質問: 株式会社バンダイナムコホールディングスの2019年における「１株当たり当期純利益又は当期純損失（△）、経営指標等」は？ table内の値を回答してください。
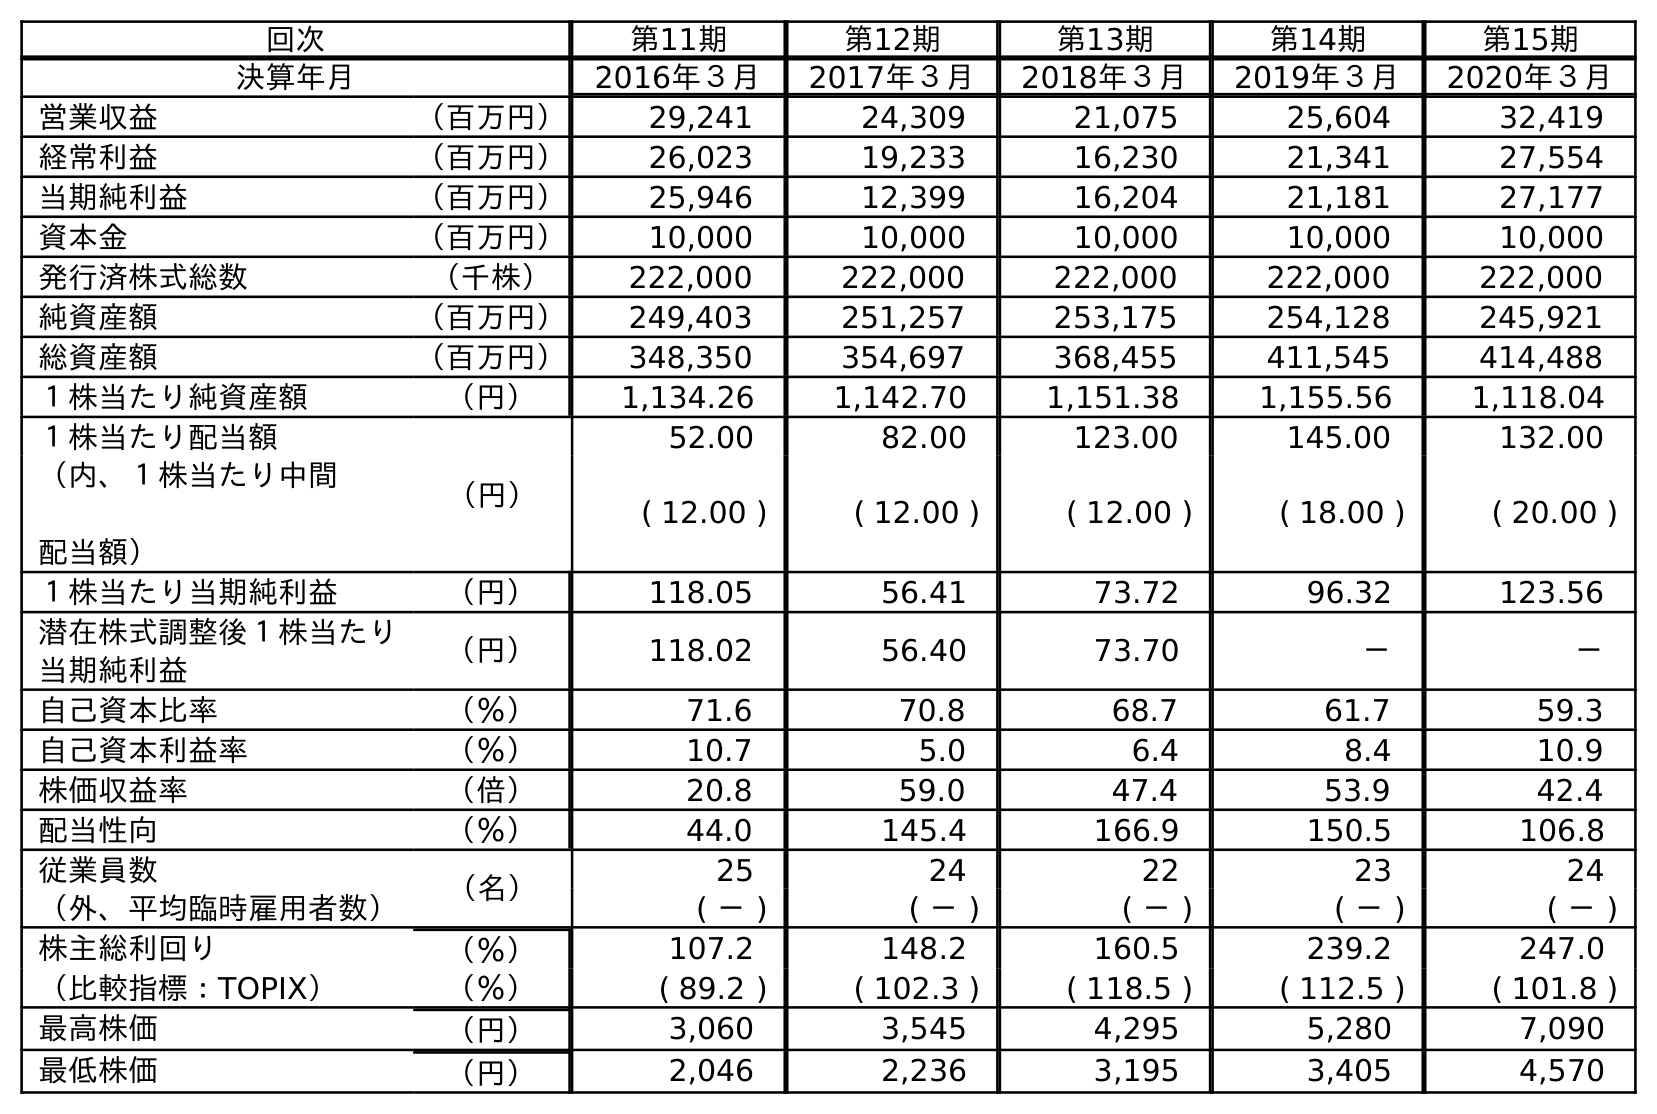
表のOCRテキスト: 回次 第11期 第12期 第13期 第14期 第15期 決算年月 2016年３月 2017年３月 2018年３月 2019年３月 2020年３月 営業収益 （百万円） 29,241 24,309 21,075 25,604 32,419 経常利益 （百万円） 26,023 19,233 16,230 21,341 27,554 当期純利益 （百万円） 25,946 12,399 16,204 21,181 27,177 資本金 （百万円） 10,000 10,000 10,000 10,000 10,000 発行済株式総数 （千株） 222,000 222,000 222,000 222,000 222,000 純資産額 （百万円） 249,403 251,257 253,175 254,128 245,921 総資産額 （百万円） 348,350 354,697 368,455 411,545 414,488 １株当たり純資産額 （円） 1,134.26 1,142.70 1,151.38 1,155.56 1,118.04 １株当たり配当額 （円） 52.00 82.00 123.00 145.00 132.00 （内、１株当たり中間 配当額） ( 12.00 ) ( 12.00 ) ( 12.00 ) ( 18.00 ) ( 20.00 ) １株当たり当期純利益 （円） 118.05 56.41 73.72 96.32 123.56 潜在株式調整後１株当たり 当期純利益 （円） 118.02 56.40 73.70 － － 自己資本比率 （％） 71.6 70.8 68.7 61.7 59.3 自己資本利益率 （％） 10.7 5.0 6.4 8.4 10.9 株価収益率 （倍） 20.8 59.0 47.4 53.9 42.4 配当性向 （％） 44.0 145.4 166.9 150.5 106.8 従業員数 （名） 25 24 22 23 24 （外、平均臨時雇用者数） ( － ) ( － ) ( － ) ( － ) ( － ) 株主総利回り （％） 107.2 148.2 160.5 239.2 247.0 （比較指標：TOPIX） （％） ( 89.2 ) ( 102.3 ) ( 118.5 ) ( 112.5 ) ( 101.8 ) 最高株価 （円） 3,060 3,545 4,295 5,280 7,090 最低株価 （円） 2,046 2,236 3,195 3,405 4,570
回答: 96.32